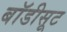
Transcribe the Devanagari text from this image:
बाॅडीसूट